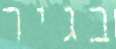
בגיר